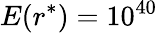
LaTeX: E(r^{*})=10^{40}